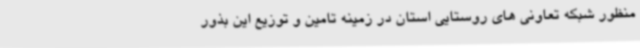
منظور شبکه تعاونی های روستایی استان در زمینه تامین و توزیع این بذور